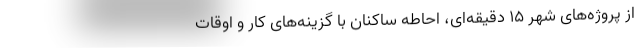
از پروژه‌های شهر ۱۵ دقیقه‌ای، احاطه ساکنان با گزینه‌های کار و اوقات